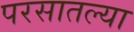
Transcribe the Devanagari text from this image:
परसातल्या